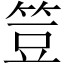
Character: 䇺